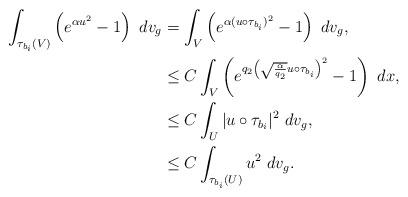
LaTeX: \begin{align*} \int_{\tau_{b_i}(V)} \left(e^{\alpha u^2} - 1 \right) \ dv_g &= \int_{V} \left(e^{\alpha (u \circ \tau_{b_i})^2} - 1 \right) \ dv_g, \\ &\leq C \int_{V} \left(e^{q_2 \left(\sqrt{\frac{\alpha}{q_2}}u \circ \tau_{b_i}\right)^2} - 1 \right) \ dx, \\ &\leq C \int_{U} |u \circ \tau_{b_i}|^2 \ dv_g , \\ &\leq C \int_{\tau_{b_i}(U)} u^2 \ dv_g .\end{align*}